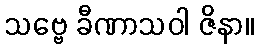
သဗ္ဗေ ခီဏာသဝါ ဇိနာ။